Annual vaccination report of Bihar and Orissa - 1911-1928
Year: 1911
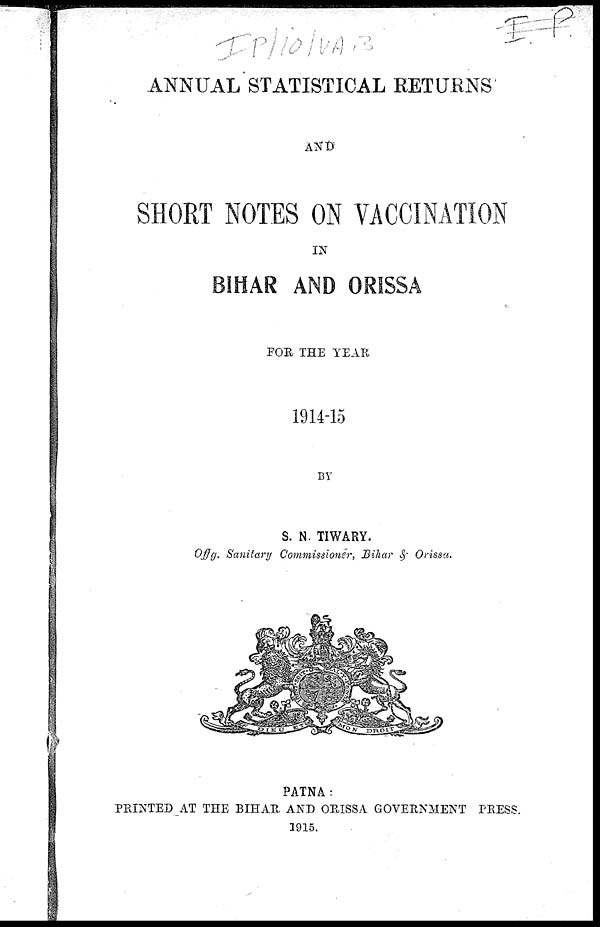
ANNUAL STATISTICAL RETURNS
AND
SHORT NOTES ON VACCINATION
IN
BIHAR AND ORISSA
FOR THE YEAR
1914-15
BY
S. N. TIWARY.
Offg. Sanitary Commissioner, Bihar & Orissa.
PATNA:
PRINTED AT THE BIHAR AND ORISSA GOVERNMENT PRESS.
1915.